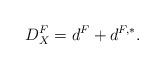
LaTeX: \begin{align*}D^{F}_{X} = d^{F}+d^{F,*}.\end{align*}